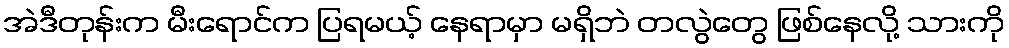
အဲဒီတုန်းက မီးရောင်က ပြရမယ့် နေရာမှာ မရှိဘဲ တလွဲတွေ ဖြစ်နေလို့ သားကို